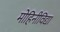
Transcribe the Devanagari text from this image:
मोहिनीविद्या